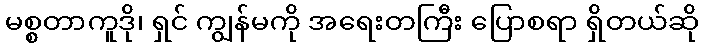
မစ္စတာကူဒို၊ ရှင် ကျွန်မကို အရေးတကြီး ပြောစရာ ရှိတယ်ဆို